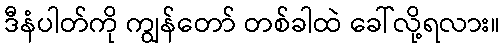
ဒီနံပါတ်ကို ကျွန်တော် တစ်ခါထဲ ခေါ်လို့ရလား။